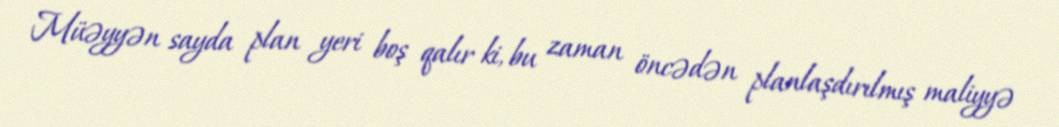
Müəyyən sayda plan yeri boş qalır ki, bu zaman öncədən planlaşdırılmış maliyyə